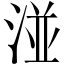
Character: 湴